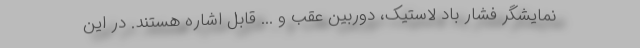
نمایشگر فشار باد لاستیک، دوربین عقب و ... قابل اشاره هستند. در این